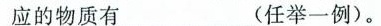
应的物质有 (任举一例)。